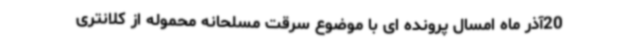
20آذر ماه امسال پرونده ای با موضوع سرقت مسلحانه محموله از کلانتری